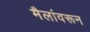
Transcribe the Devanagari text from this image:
मैलांवरून